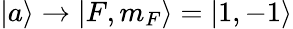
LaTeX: |{a}\rangle\rightarrow|{F,m_{F}}\rangle=|{1,-1}\rangle